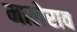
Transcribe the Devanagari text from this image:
मालेराव